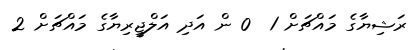
ރަޝިޔާގެ މައްޗަށް 1  0 ން އަދި އަލްޖީރިޔާގެ މައްޗަށް 2